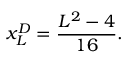
x _ { L } ^ { D } = \frac { L ^ { 2 } - 4 } { 1 6 } .